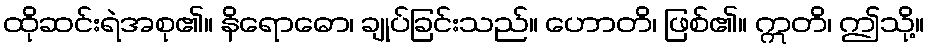
ထိုဆင်းရဲအစု၏။ နိရောဓော၊ ချုပ်ခြင်းသည်။ ဟောတိ၊ ဖြစ်၏။ ဣတိ၊ ဤသို့။